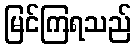
မြင်ကြရသည်